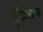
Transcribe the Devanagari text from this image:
ढुँढवाया